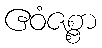
ဧဝံဇစ္စာ